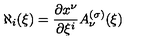
\aleph _ { i } ( \xi ) = { \frac { \partial x ^ { \nu } } { \partial \xi ^ { i } } } A _ { \nu } ^ { ( \sigma ) } ( \xi )